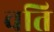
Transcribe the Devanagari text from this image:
वति